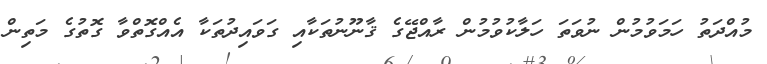
މުއްދަތު ހަމަވުމުން ނުވަތަ ހަލާކުވުމުން ރާއްޖޭގެ ޤާނޫނުތަކާއި ގަވައިދުތަކާ އެއްގޮތްވާ ގޮތުގެ މަތިން